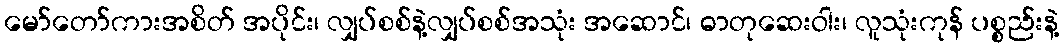
မော်တော်ကားအစိတ် အပိုင်း၊ လျှပ်စစ်နဲ့လျှပ်စစ်အသုံး အဆောင်၊ ဓာတုဆေးဝါး၊ လူသုံးကုန် ပစ္စည်းနဲ့